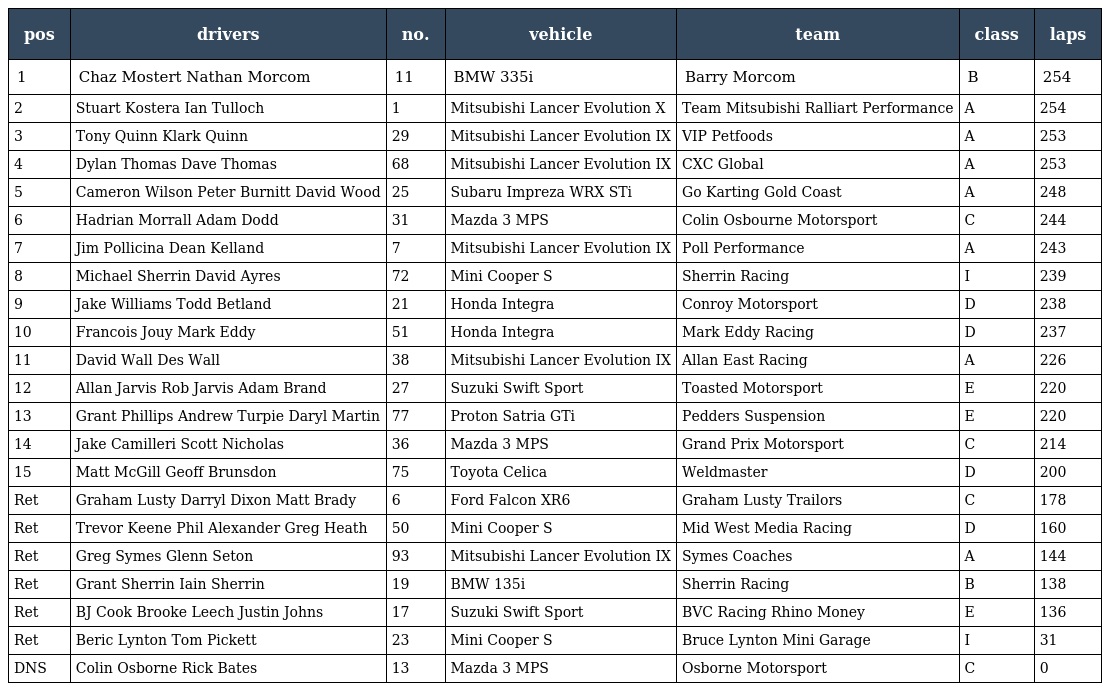
| pos | drivers | no. | vehicle | team | class | laps |
 | --- | --- | --- | --- | --- | --- | --- |
 | 1 | Chaz Mostert Nathan Morcom | 11 | BMW 335i | Barry Morcom | B | 254 |
 | 2 | Stuart Kostera Ian Tulloch | 1 | Mitsubishi Lancer Evolution X | Team Mitsubishi Ralliart Performance | A | 254 |
 | 3 | Tony Quinn Klark Quinn | 29 | Mitsubishi Lancer Evolution IX | VIP Petfoods | A | 253 |
 | 4 | Dylan Thomas Dave Thomas | 68 | Mitsubishi Lancer Evolution IX | CXC Global | A | 253 |
 | 5 | Cameron Wilson Peter Burnitt David Wood | 25 | Subaru Impreza WRX STi | Go Karting Gold Coast | A | 248 |
 | 6 | Hadrian Morrall Adam Dodd | 31 | Mazda 3 MPS | Colin Osbourne Motorsport | C | 244 |
 | 7 | Jim Pollicina Dean Kelland | 7 | Mitsubishi Lancer Evolution IX | Poll Performance | A | 243 |
 | 8 | Michael Sherrin David Ayres | 72 | Mini Cooper S | Sherrin Racing | I | 239 |
 | 9 | Jake Williams Todd Betland | 21 | Honda Integra | Conroy Motorsport | D | 238 |
 | 10 | Francois Jouy Mark Eddy | 51 | Honda Integra | Mark Eddy Racing | D | 237 |
 | 11 | David Wall Des Wall | 38 | Mitsubishi Lancer Evolution IX | Allan East Racing | A | 226 |
 | 12 | Allan Jarvis Rob Jarvis Adam Brand | 27 | Suzuki Swift Sport | Toasted Motorsport | E | 220 |
 | 13 | Grant Phillips Andrew Turpie Daryl Martin | 77 | Proton Satria GTi | Pedders Suspension | E | 220 |
 | 14 | Jake Camilleri Scott Nicholas | 36 | Mazda 3 MPS | Grand Prix Motorsport | C | 214 |
 | 15 | Matt McGill Geoff Brunsdon | 75 | Toyota Celica | Weldmaster | D | 200 |
 | Ret | Graham Lusty Darryl Dixon Matt Brady | 6 | Ford Falcon XR6 | Graham Lusty Trailors | C | 178 |
 | Ret | Trevor Keene Phil Alexander Greg Heath | 50 | Mini Cooper S | Mid West Media Racing | D | 160 |
 | Ret | Greg Symes Glenn Seton | 93 | Mitsubishi Lancer Evolution IX | Symes Coaches | A | 144 |
 | Ret | Grant Sherrin Iain Sherrin | 19 | BMW 135i | Sherrin Racing | B | 138 |
 | Ret | BJ Cook Brooke Leech Justin Johns | 17 | Suzuki Swift Sport | BVC Racing Rhino Money | E | 136 |
 | Ret | Beric Lynton Tom Pickett | 23 | Mini Cooper S | Bruce Lynton Mini Garage | I | 31 |
 | DNS | Colin Osborne Rick Bates | 13 | Mazda 3 MPS | Osborne Motorsport | C | 0 |